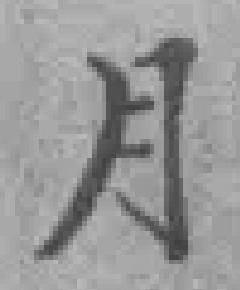
月